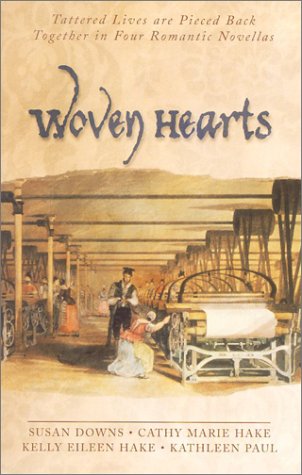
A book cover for Woven Hearts: Ribbon of Gold/Run of the Mill/The Caretaker/A Second Glance (Inspirational Romance Collection); Cathy Marie Hake; Religion & Spirituality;